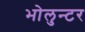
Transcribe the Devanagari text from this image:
भोलुन्टर